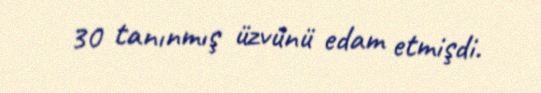
30 tanınmış üzvünü edam etmişdi.